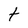
Character: t